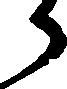
ら